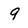
Character: 9